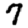
Digit: 7